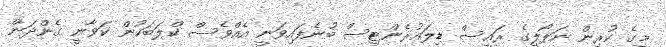
މީގެ ކުރިން ނަޕޯލީގެ ރައީސް ޑިލައުރެންޓިސް ބުނެފައިވަނީ އެއްވެސް ކްލަބަކުން ކަވާނީ ގެންދަން